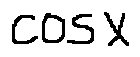
\cos x